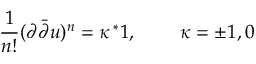
\frac { 1 } { n ! } ( \partial \bar { \partial } u ) ^ { n } = \kappa \, ^ { * } 1 , \; \; \; \; \; \; \; \; \kappa = \pm 1 , 0